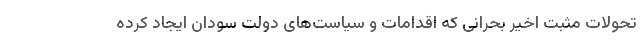
تحولات مثبت اخیر بحرانی که اقدامات و سیاست‌های دولت سودان ایجاد کرده